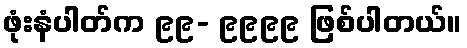
ဖုံးနံပါတ်က ၉၉- ၉၉၉၉ ဖြစ်ပါတယ်။